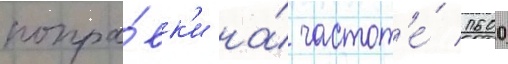
попра́вк'и на́ частот'е́ 1600